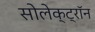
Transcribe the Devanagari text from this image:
सोलेक्ट्रॉन